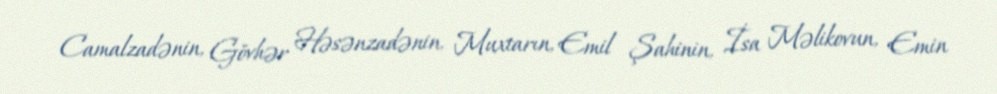
Camalzadənin, Gövhər Həsənzadənin, Muxtarın, Emil Şahinin, İsa Məlikovun, Emin